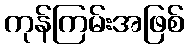
ကုန်ကြမ်းအဖြစ်